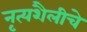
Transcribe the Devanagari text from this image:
नृत्यशैलीचे